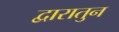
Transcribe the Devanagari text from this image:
द्वारातुन